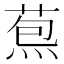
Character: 𦳤